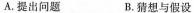
A.提出问题 B.猜想与假设